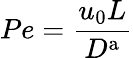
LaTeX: Pe=\frac{u_{0}L}{D^{\mathrm{a}}}